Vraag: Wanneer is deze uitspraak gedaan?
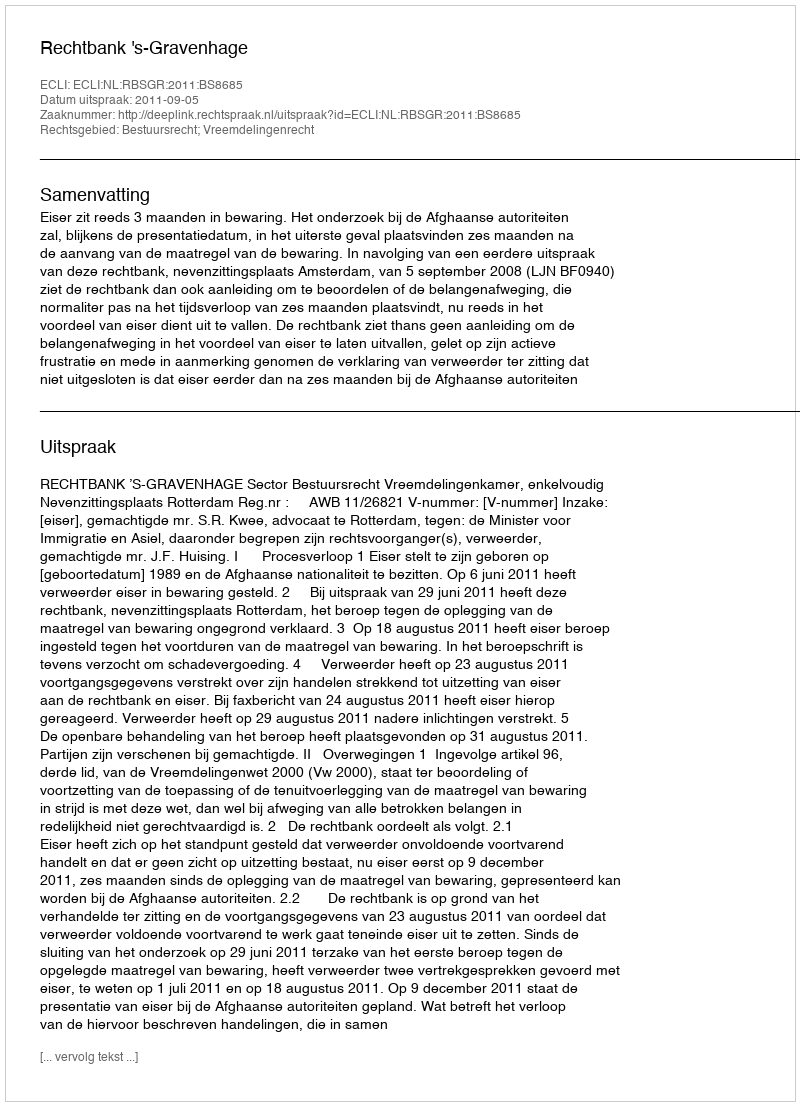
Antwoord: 2011-09-05